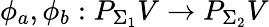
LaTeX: \phi_{a},\phi_{b}:P_{\Sigma_{1}}V\to P_{\Sigma_{2}}V